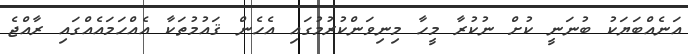
އަނެއްބަޔަކު ބުނަނީ ކުށް ނުކުރާ މީހާ މިނިވަންކުރުމުގައި އެހެން ޤައުމުތަކާ އެއްހަމައެއްގައި ރާއްޖެ